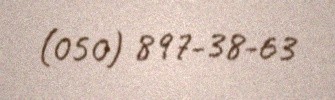
(050) 897-38-63